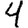
Digit: 4